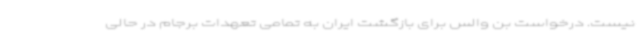
نیست. درخواست بن والس برای بازگشت ایران به تمامی تعهدات برجام در حالی